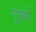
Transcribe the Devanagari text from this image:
पूएर्को